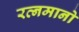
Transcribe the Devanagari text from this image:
रत्नमानो